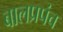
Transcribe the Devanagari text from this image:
बालप्रपंच